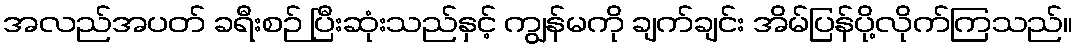
အလည်အပတ် ခရီးစဉ် ပြီးဆုံးသည်နှင့် ကျွန်မကို ချက်ချင်း အိမ်ပြန်ပို့လိုက်ကြသည်။